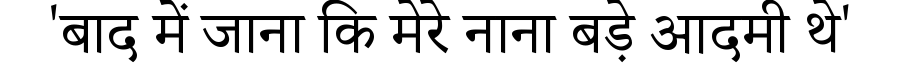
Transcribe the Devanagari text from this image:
'बाद में जाना कि मेरे नाना बड़े आदमी थे'